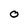
Character: O